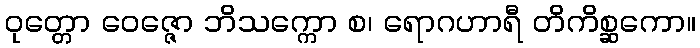
ဝုတ္တော ဝေဇ္ဇော ဘိသက္ကော စ၊ ရောဂဟာရီ တိကိစ္ဆကော။